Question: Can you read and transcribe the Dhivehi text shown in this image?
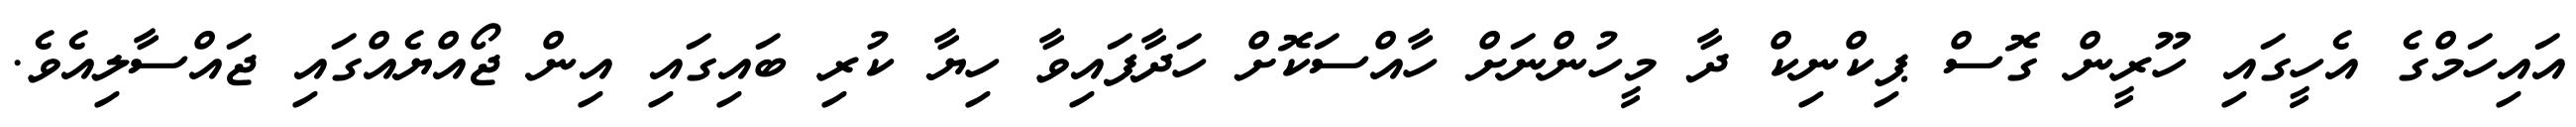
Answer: އައިހަމްގެ އެހީގައި ހޫރީން ގޮސް ޕިކްނިކް ދާ މީހުންނަށް ހާއްސަކޮށް ހަދާފައިވާ ހިޔާ ކުރި ބައިގައި އިން ޖޯއްޔެއްގައި ޖައްސާލިއެވެ.